Civil Veterinary Dept. Bombay admin report 1923-31 - 1923-1931
Year: 1923
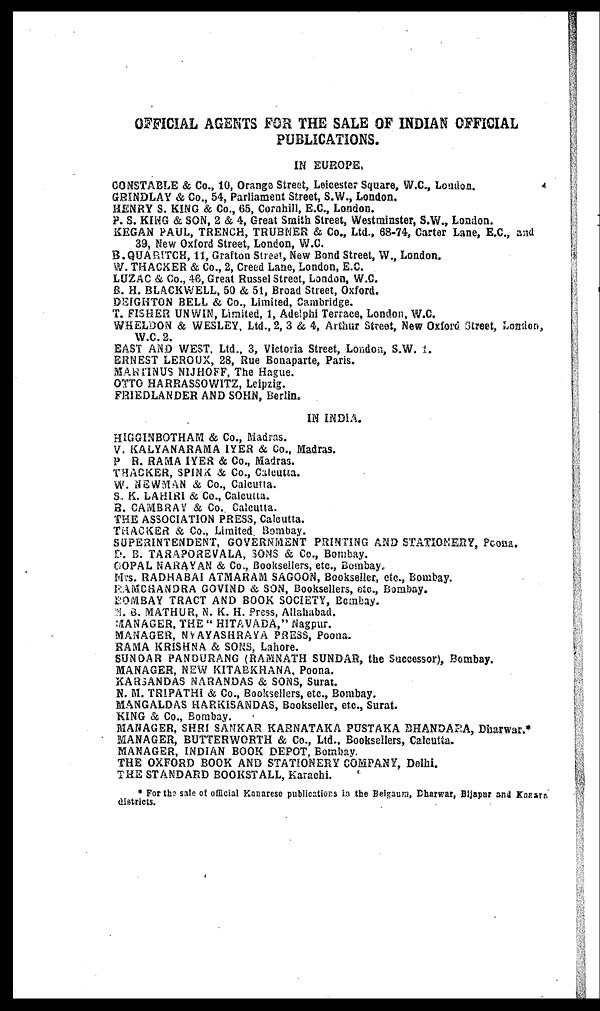
OFFICIAL AGENTS FOR THE SALE OF INDIAN OFFICIAL
PUBLICATIONS.
IN EUROPE.
CONSTABLE & Co., 10, Orange Street, Leicester Square, W.C., London.
GRINDLAY & Co., 54, Parliament Street, S.W., London.
HENRY S. KING & Co., 65, Cornhill, E.C., London.
P. S. KING & SON, 2 & 4, Great Smith Street, Westminster, S.W., London.
BEGAN PAUL, TRENCH, TRUBNER & Co., Ltd., 68-74, Carter Lane, E.C., and
39, New Oxford Street. London, W.C.
B.QUARITCH, 11, Grafton Street, New Bond Street, W., London.
W. THACKER & Co., 2, Creed Lane, London, E.G.
LUZAC & Co., 46, Great Russel Street, London, W.C.
B. H. BLACKWELL, 50 & 51, Broad Street, Oxford.
DEIGHTON BELL & Co., Limited, Cambridge.
T. FISHER UNWIN, Limited, 1, Adelphi Terrace, London, W.C.
WHELDON & WESLEY, Ltd., 2, 3 & 4, Arthur Street, New Oxford Street, London,
W.C. 2.
EAST AND WEST, Ltd., 3, Victoria Street, London, S.W. 1.
ERNEST LEROUX, 28, Rue Bonaparte, Paris.
MARTINUS NIJHOFF, The Hague.
OTTO HARRASSOWITZ, Leipzig.
FRIEDLANDER AND SOHN, Berlin.
IN INDIA.
HIGGINBOTHAM & Co., Madras.
V. KALYANARAMA IYER & Co., Madras.
P R. RAMA IYER & Co., Madras.
THACKER, SPINK & Co., Calcutta.
W. NEWMAN & Co., Calcutta.
S. K. LAHIRI & Co., Calcutta.
B. CAMBRAV & Co. Calcutta.
THE ASSOCIATION PRESS, Calcutta.
THACKER & Co., Limited Bombay.
SUPERINTENDENT, GOVERNMENT PRINTING AND STATIONERY, Poona.
D. B. TARAPOREVALA, SONS & Co., Bombay.
GOPAL NARAYAN & Co., Booksellers, etc., Bombay.
Mrs. RADHABAI ATMARAM SAGOON, Bookseller, etc., Bombay.
RAMCHANDRA GOVIND & SON, Booksellers, etc., Bombay.
BOMBAY TRACT AND BOOK SOCIETY, Bombay.
N. B. MATHUR, N. K. H. Press, Allahabad.
MANAGER, THE "HITAVADA," Nagpur.
MANAGER, NYAYASHRAYA PRESS, Poona.
RAMA KRISHNA & SONS, Lahore.
SUNDAR PANDURANG (RAMNATH SUNDAR, the Successor), Bombay.
MANAGER, NEW KITABKHANA, Poona.
KARSANDAS NARANDAS & SONS, Surat.
N. M. TRIPATHI & Co., Booksellers, etc., Bombay.
MANGALDAS HARKISANDAS, Bookseller, etc., Surat.
KING & Co., Bombay.
MANAGER, SHRI SANKAR KARNATAKA PUSTAKA BHANDARA, Dharwar.*
MANAGER, BUTTERWORTH & Co., Ltd., Booksellers, Calcutta.
MANAGER, INDIAN BOOK DEPOT, Bombay.
THE OXFORD BOOK AND STATIONERY COMPANY, Delhi.
THE STANDARD BOOKSTALL, Karachi.
* For the sale of official Kanarese publications in the Belgaum, Dharwar, Bijapur and Kansta
districts.